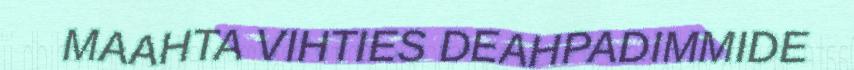
MAAHTA VIHTIES DEAHPADIMMIDE